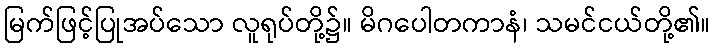
မြက်ဖြင့်ပြုအပ်သော လူရုပ်တို့၌။ မိဂပေါတကာနံ၊ သမင်ငယ်တို့၏။